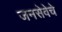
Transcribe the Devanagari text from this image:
जनसेवेचे